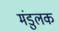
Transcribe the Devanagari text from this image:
मंडुलक